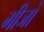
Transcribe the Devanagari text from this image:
गीजो